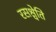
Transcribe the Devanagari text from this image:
रसश्चेति